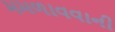
મમળાવવાની